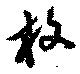
枚